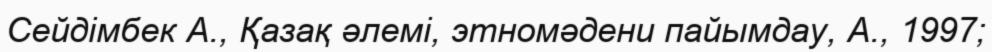
Сейдімбек А., Қазақ әлемі, этномәдени пайымдау, А., 1997;